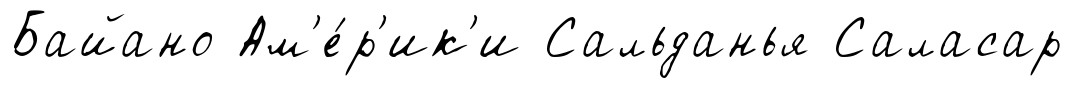
Байано Ам'е́р'ик'и Сальданья Саласар